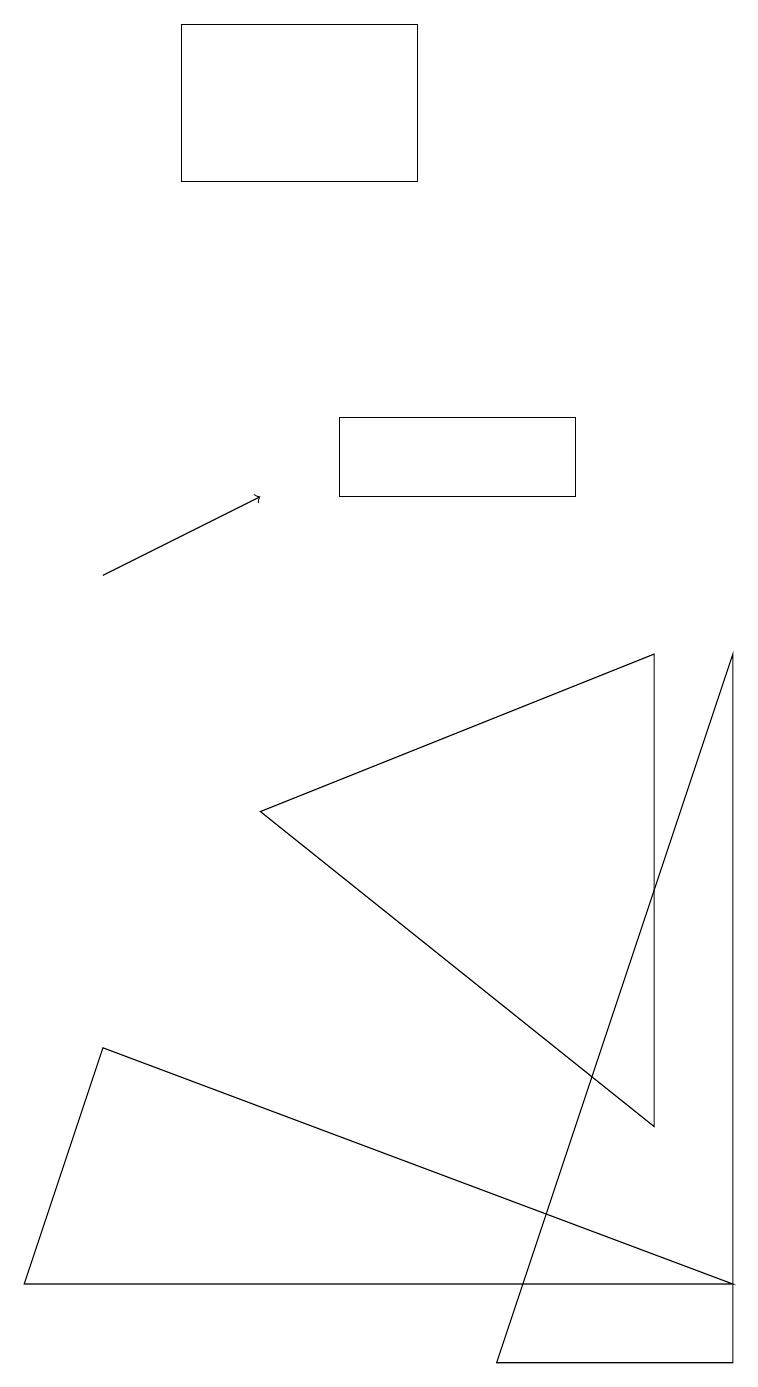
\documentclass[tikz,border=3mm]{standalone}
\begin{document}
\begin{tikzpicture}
\draw[->] (1,10) -- (3,11);
\draw (0,1) -- (9,1) -- (1,4) -- cycle;
\draw (8,9) -- (3,7) -- (8,3) -- cycle;
\draw (9,9) -- (9,0) -- (6,0) -- cycle;
\draw (7,12) rectangle (4,11);
\draw (5,15) rectangle (2,17);
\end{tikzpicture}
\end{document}